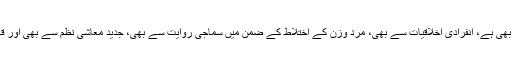
اس کا تعلق انسان کی جنسی جبلت سے بھی ہے، انفرادی اخلاقیات سے بھی، مرد وزن کے اختلاط کے ضمن میں سماجی روایت سے بھی، جدید معاشی نظم سے بھی اور قانون وریاست کی ذمہ داریوں سے بھی۔